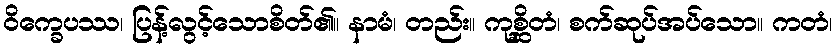
ဝိက္ခေပဿ၊ ပြန့်လွင့်သောစိတ်၏။ နာမံ၊ တည်း။ ကုစ္ဆိတံ၊ စက်ဆုပ်အပ်သော။ ကတံ၊